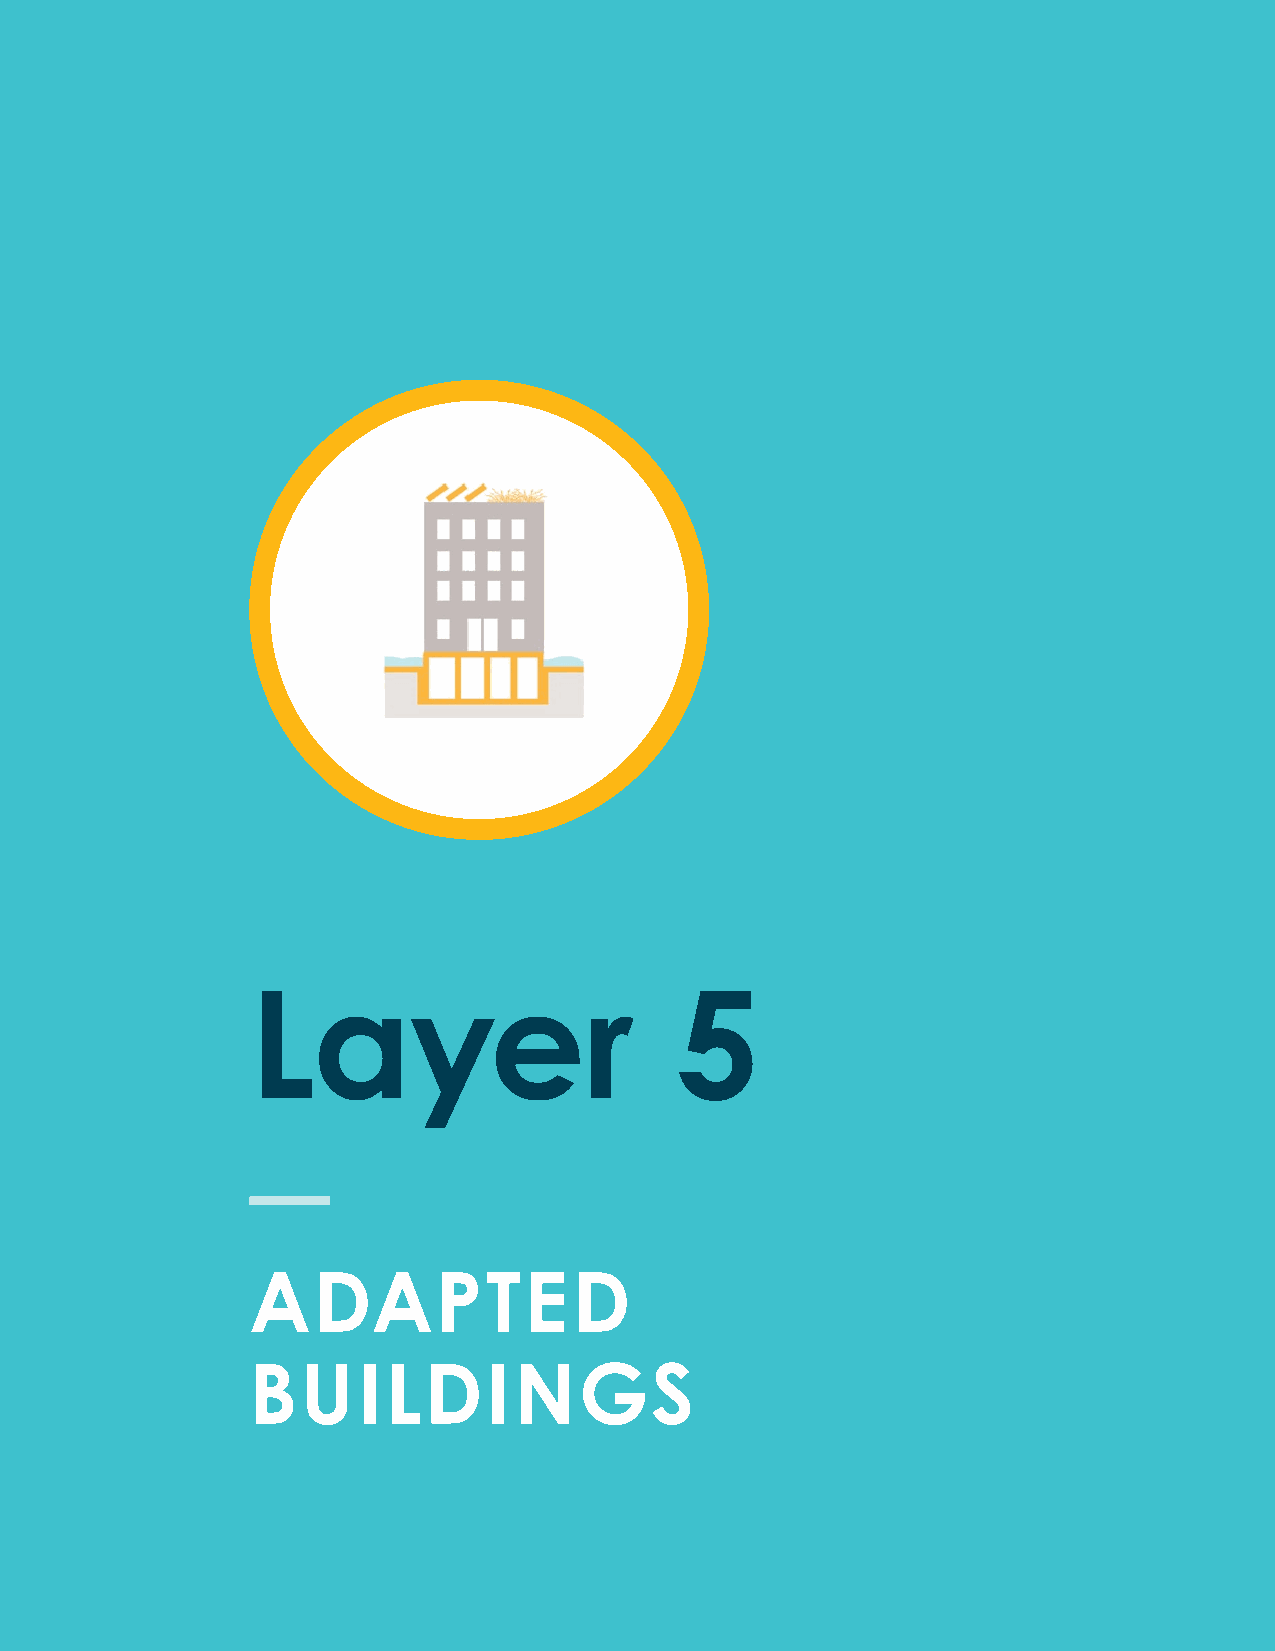
LLaayyeerr                   55
 AADDAAPPTTEEDD
 BBUUIILLDDIINNGGSS
 130 City of Boston: Climate Ready Boston